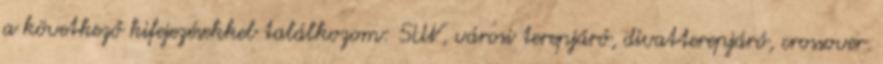
a következő kifejezésekkel találkozom: SUV, városi terepjáró, divatterepjáró, crossover.